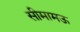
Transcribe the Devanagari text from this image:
सीमामऊ